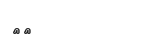
٣٣